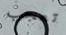
تعجب